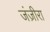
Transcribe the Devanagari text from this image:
जंज़ीरा